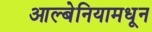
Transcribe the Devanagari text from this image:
आल्बेनियामधून